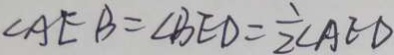
\angle A E B = \angle B E D = \frac { 1 } { 2 } \angle A C D